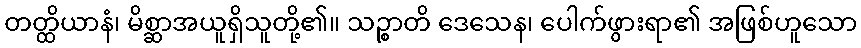
တတ္ထိယာနံ၊ မိစ္ဆာအယူရှိသူတို့၏။ သဉ္စာတိ ဒေသေန၊ ပေါက်ဖွားရာ၏ အဖြစ်ဟူသော